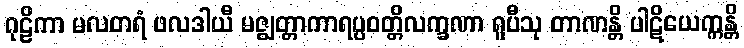
ဂုဠိကာ မလတရံ ဖလဒါယီ မဇ္ဈတ္တာကာရပ္ပဝတ္တိလက္ခဏာ ရူပီသု တာဏန္တိ ပါဋိယေက္ကန္တိ